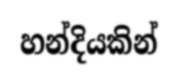
හන්දියකින්